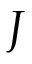
J